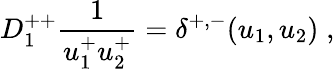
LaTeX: D_{1}^{++}{\frac{1}{u_{1}^{+}u_{2}^{+}}}=\delta^{+,-}(u_{1},u_{2})\; ,